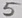
Text: 5